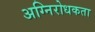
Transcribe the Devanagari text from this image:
अग्निरोधकता